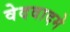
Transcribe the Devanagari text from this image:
वेदवादमे